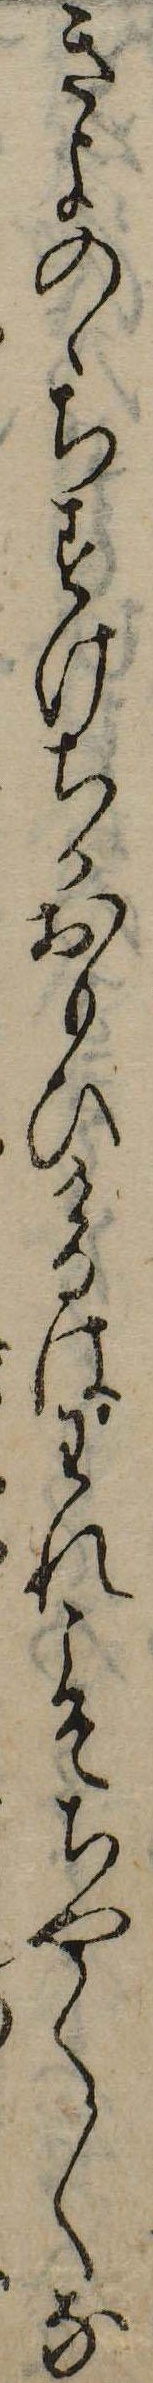
きよのゝちすけちかおもひけるはわれこそちやく〱な